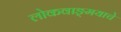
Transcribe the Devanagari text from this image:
लोकवाङ्‌मयाचे